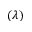
( \lambda )